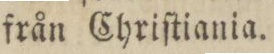
från Chriſtiania.